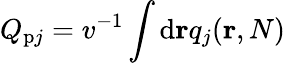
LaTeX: Q_{\mathrm{p}j}=v^{-1}\int\mathrm{d}{\mathbf{r}}q_{j}(\mathbf{r},N)